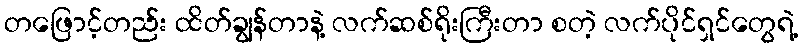
တဖြောင့်တည်း ထိတ်ချွန်တာနဲ့ လက်ဆစ်ရိုးကြီးတာ စတဲ့ လက်ပိုင်ရှင်တွေရဲ့